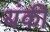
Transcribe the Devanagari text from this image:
यंकी